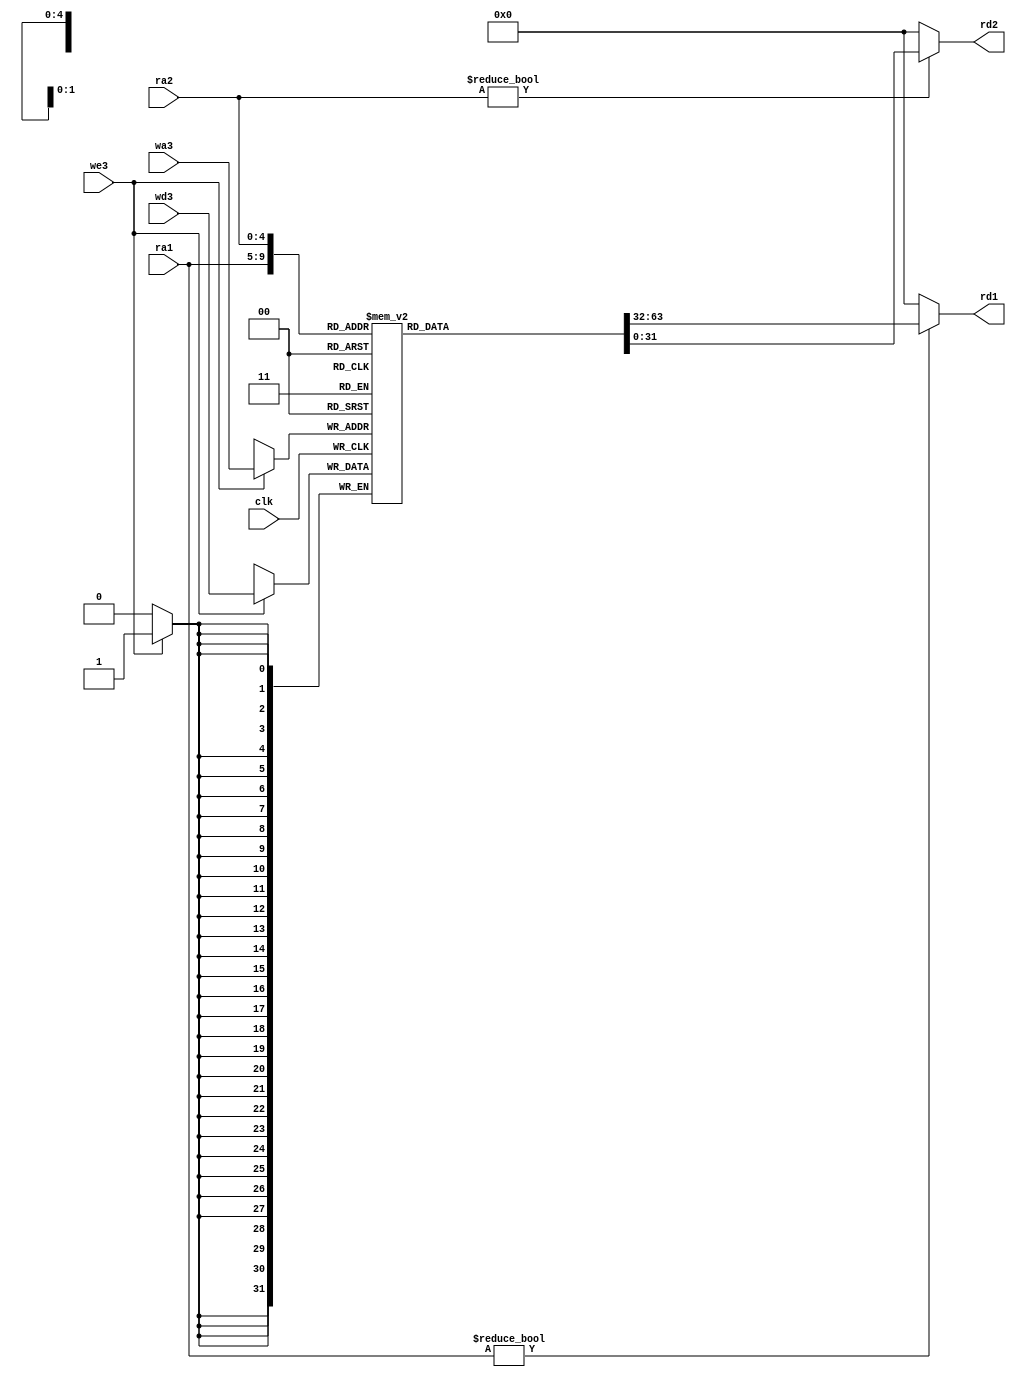
`timescale 1ns / 1ps
module regfile(
	input wire clk,
	input wire we3,
	input wire[4:0] ra1,ra2,wa3,
	input wire[31:0] wd3,
	output wire[31:0] rd1,rd2
    );

	reg [31:0] rf[31:0];

	always @(negedge clk) begin		// NEGEDGE!
		if(we3) begin
			rf[wa3] <= wd3;
		end
	end

	assign rd1 = (ra1 != 0) ? rf[ra1] : 0;
	assign rd2 = (ra2 != 0) ? rf[ra2] : 0;
endmodule